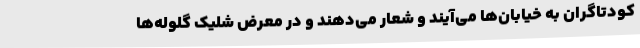
کودتاگران به خیابان‌ها می‌آیند و شعار می‌دهند و در معرض شلیک گلوله‌ها